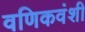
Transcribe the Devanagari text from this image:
वणिकवंशी